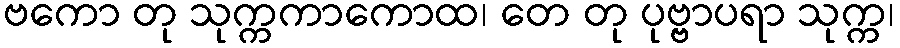
ဗကော တု သုက္ကကာကောထ၊ တေ တု ပုဗ္ဗာပရာ သုက္က၊